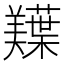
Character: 𫅠